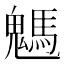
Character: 𩥢